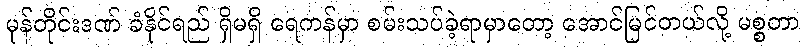
မုန်တိုင်းဒဏ် ခံနိုင်ရည် ရှိမရှိ ရေကန်မှာ စမ်းသပ်ခဲ့ရာမှာတော့ အောင်မြင်တယ်လို့ မစ္စတာ